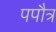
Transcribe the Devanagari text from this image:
पपौत्र